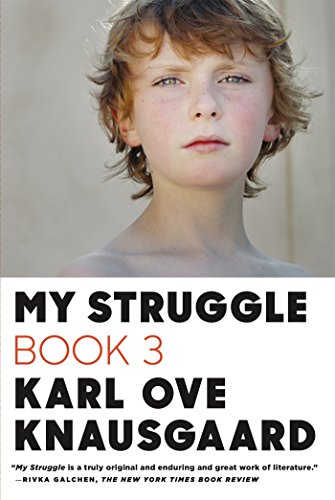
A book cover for My Struggle: Book 3; Karl Ove Knausgaard; Literature & Fiction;